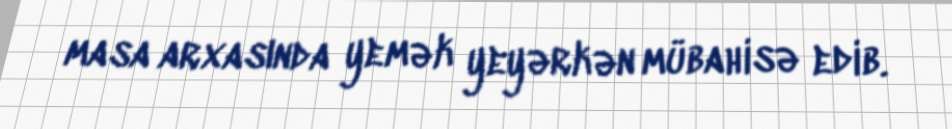
masa arxasında yemək yeyərkən mübahisə edib.